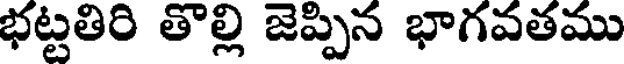
భట్టతిరి తొల్లి జెప్పిన భాగవతము